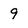
Character: 9